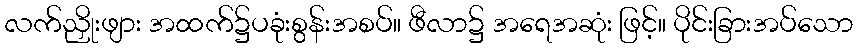
လက်ညှိုးဖျား အထက်၌ပခုံးစွန်းအစပ်။ ဖီလာ၌ အရေအဆုံး ဖြင့်။ ပိုင်းခြားအပ်သော